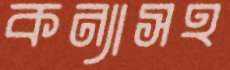
কন্যাসহ